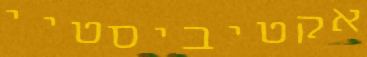
אקטיביסטיי